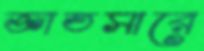
জ্ঞাতসারে